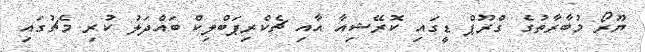
ޔޫރޯ މުބާރާތުގެ ގްރޫޕް ޑީގައި ކޮރޭޝިއާ އާއި ޗެކްރިޕަބްލިކް ބައްދަލު ކުރި މެޗުގައި